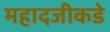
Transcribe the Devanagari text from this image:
महादजीकडे